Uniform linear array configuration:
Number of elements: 48
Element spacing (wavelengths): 1
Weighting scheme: binomial
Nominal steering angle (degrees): -30
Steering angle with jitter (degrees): -29.966
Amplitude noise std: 0.05
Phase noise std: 0.05

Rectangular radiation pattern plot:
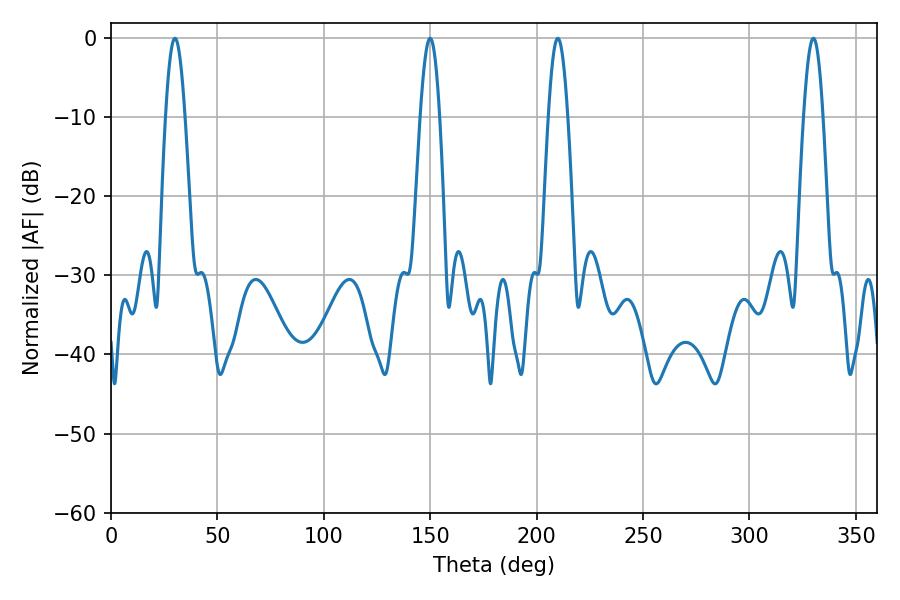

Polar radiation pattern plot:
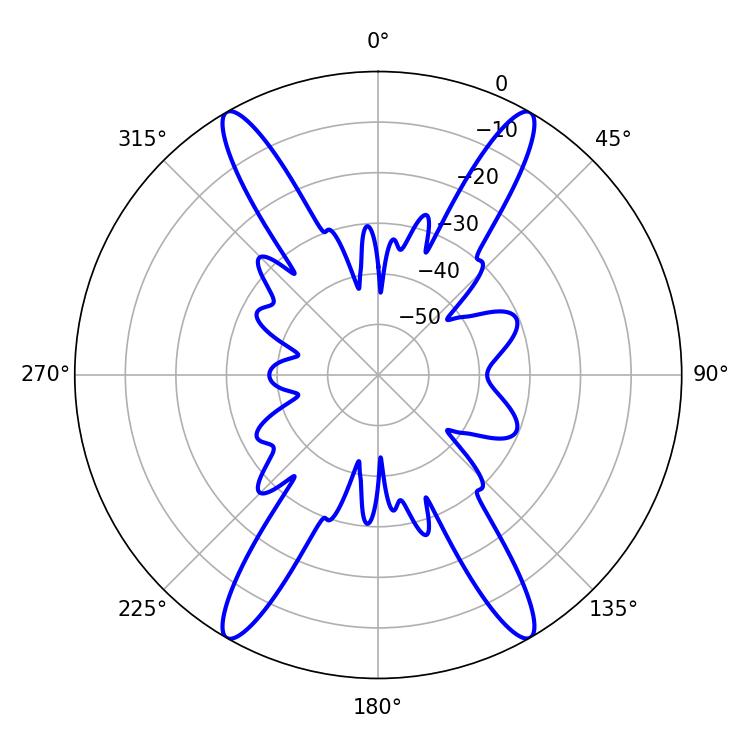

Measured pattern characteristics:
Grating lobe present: TRUE
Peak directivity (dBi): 35.155
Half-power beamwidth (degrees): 4.86
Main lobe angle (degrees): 30.06